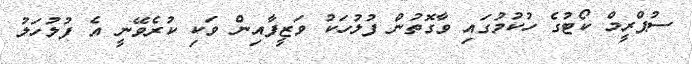
ސުޕްރީމް ކޯޓުގެ ހުކުމުގައި ވާގޮތުން ފުލުހަކު ވަޒީފާއިން ވަކި ކުރެވޭނީ އެ ފުލުހަލު